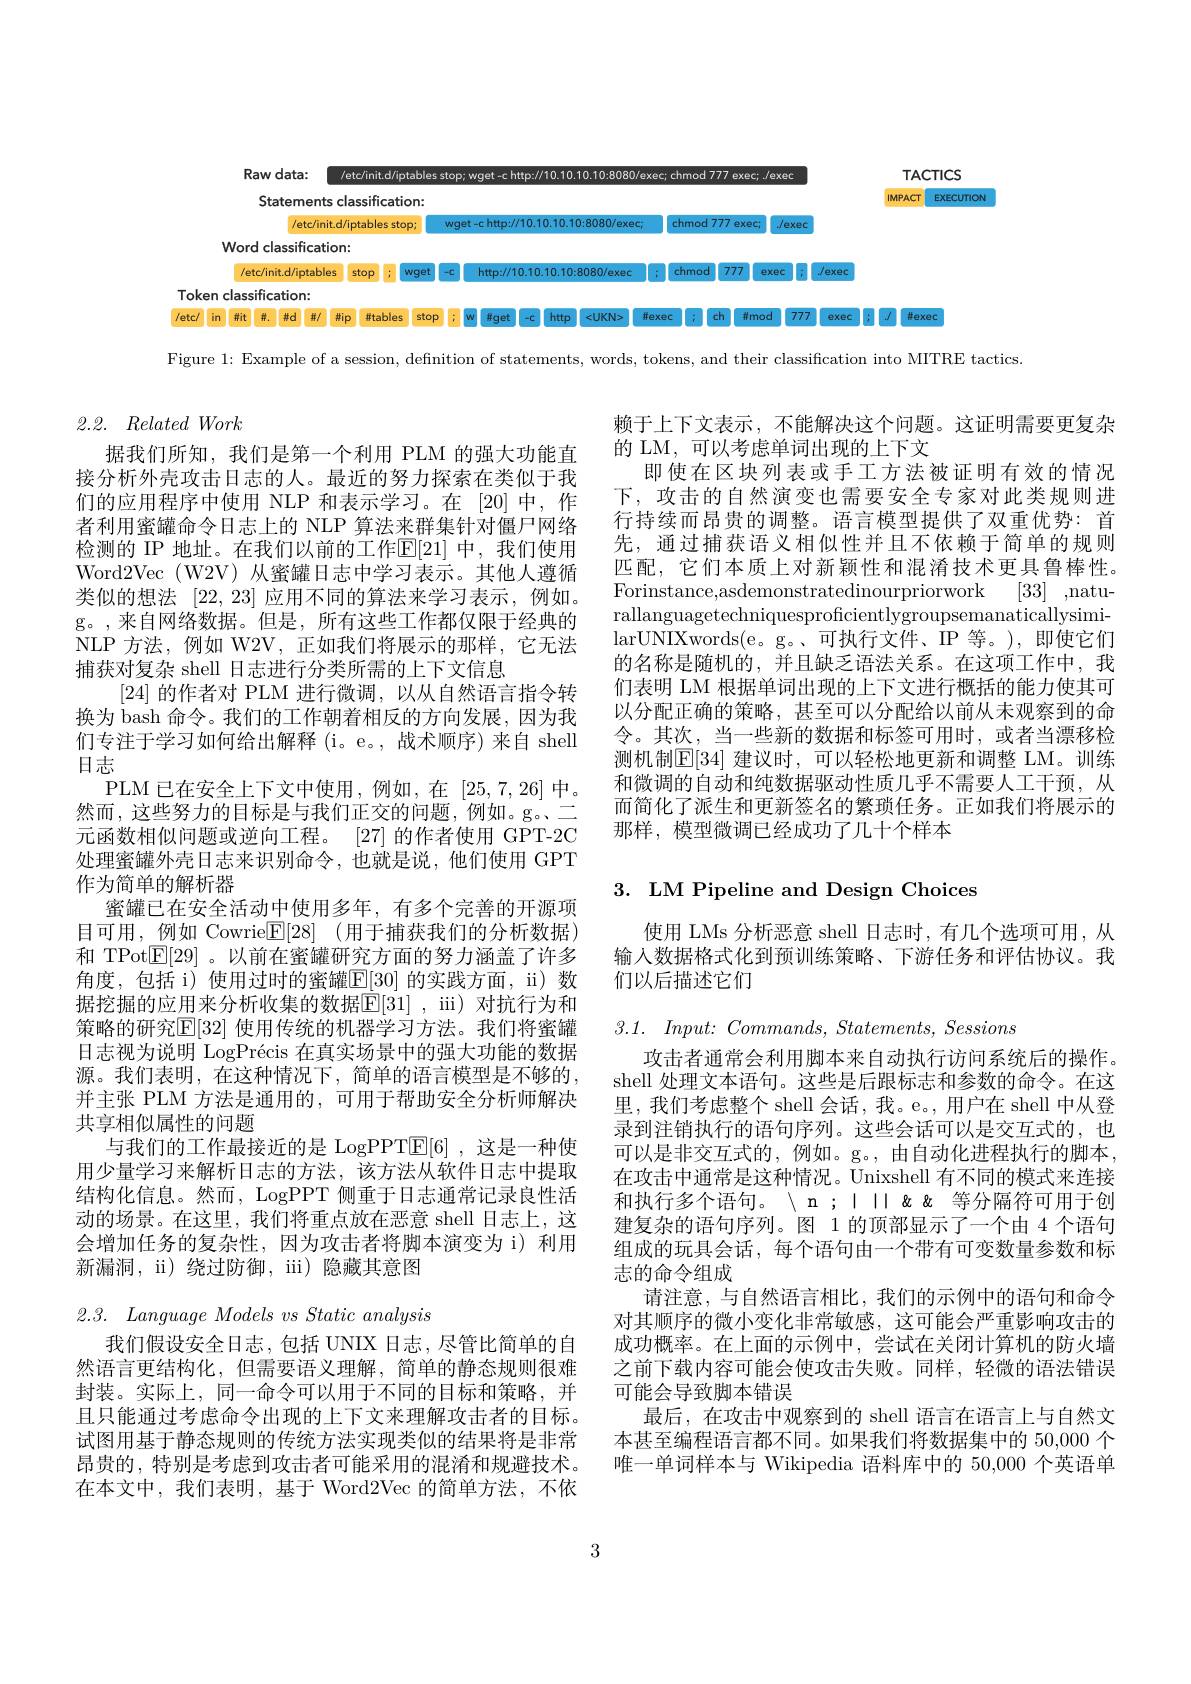
<FigureHere>

Figure 1: Example of a session, definition of statements, words, tokens, and their classification into MITRE tactics.

# 2.2. RelatedWork

据我们所知，我们是第一个利用 PLM 的强大功能直接分析外壳攻击日志的人。最近的努力探索在类似于我们的应用程序中使用 NLP 和表示学习。在 [20]中，作者利用蜜罐命令日志上的 NLP 算法来群集针对僵尸网络检测的 IP 地址。在我们以前的工作$\mathbb{E}[21]$ 中，我们使用Word2Vec (W2V) 从蜜罐日志中学习表示。其他人遵循类似的想法[22,23]应用不同的算法来学习表示，例如。g。,来自网络数据。但是，所有这些工作都仅限于经典的NLP 方法，例如 W2V,正如我们将展示的那样，它无法捕获对复杂 shell 日志进行分类所需的上下文信息
[24]的作者对 PLM 进行微调，以从自然语言指令转
换为 bash 命令。我们的工作朝着相反的方向发展，因为我们专注于学习如何给出解释(i。e。,战术顺序)来自 shell 日志
PLM 已在安全上下文中使用，例如，在[25,7,26]中。然而，这些努力的目标是与我们正交的问题，例如。g。二元函数相似问题或逆向工程。[27] 的作者使用 GPT-2C 处理蜜罐外壳日志来识别命令，也就是说，他们使用 GPT 作为简单的解析器
蜜罐已在安全活动中使用多年，有多个完善的开源项目可用，\_例如 Cowrie$\mathbb{E} [ 28]$ (用于捕获我们的分析数据) 和 TPot$\boxed{\mathrm{E}}[29]$ 。以前在蜜罐研究方面的努力涵盖了许多角度，包括 i) 使用过时的蜜罐$\mathbb{E}[30]$ 的实践方面，ii) 数据挖掘的应用来分析收集的数据$\mathbb{E}[31]$, iii) 对抗行为和策略的研究$\mathbb{E}[32]$ 使用传统的机器学习方法。我们将蜜罐日志视为说明 LogPrécis 在真实场景中的强大功能的数据源。我们表明，在这种情况下，简单的语言模型是不够的， 并主张 PLM 方法是通用的，可用于帮助安全分析师解决共享相似属性的问题
与我们的工作最接近的是 LogPPT$\underline{\mathrm{E}}[6]$ ,这是一种使用少量学习来解析日志的方法，该方法从软件日志中提取结构化信息。然而，LogPPT 侧重于日志通常记录良性活动的场景。在这里，我们将重点放在恶意 shell 日志上，这会增加任务的复杂性，因为攻击者将脚本演变为 i) 利用新漏洞，ii) 绕过防御，ii) 隐藏其意图

$2. 3. \textit{ Language Models vs Static analysis}$

我们假设安全日志，包括 UNIX 日志，尽管比简单的自然语言更结构化，但需要语义理解，简单的静态规则很难封装。实际上，同一命令可以用于不同的目标和策略，并且只能通过考虑命令出现的上下文来理解攻击者的目标。试图用基于静态规则的传统方法实现类似的结果将是非常昂贵的，特别是考虑到攻击者可能采用的混淆和规避技术。在本文中，我们表明，基于 Word2Vec 的简单方法，不依

赖于上下文表示，不能解决这个问题。这证明需要更复杂
的 LM, 可以考虑单词出现的上下文
即使在区块列表或手工方法被证明有效的情况下，攻击的自然演变也需要安全专家对此类规则进行持续而昂贵的调整。语言模型提供了双重优势：首先，通过捕获语义相似性并且不依赖于简单的规则匹配，它们本质上对新颖性和混淆技术更具鲁棒性。Forinstance,asdemonstratedinourpriorwork [33] ,natu rallanguagetechniquesproficientlygroupsemanaticallysimilarUNIXwords(e。g。、可执行文件、IP 等。),即使它们的名称是随机的，并且缺乏语法关系。在这项工作中，我们表明 LM 根据单词出现的上下文进行概括的能力使其可以分配正确的策略，甚至可以分配给以前从未观察到的命令。其次，当一些新的数据和标签可用时，或者当漂移检测机制$\mathbb{E}[34]$ 建议时，可以轻松地更新和调整 LM。训练和微调的自动和纯数据驱动性质几乎不需要人工干预，从而简化了派生和更新签名的繁琐任务。正如我们将展示的那样，模型微调已经成功了几十个样本

# 3. LM Pipeline and Design Choices

使用 LMs 分析恶意 shell 日志时，有几个选项可用，从输入数据格式化到预训练策略、下游任务和评估协议。我们以后描述它们

3.1. $Input{: }$ $Commands$, $Statements$, Sessions
攻击者通常会利用脚本来自动执行访问系统后的操作。shell 处理文本语句。这些是后跟标志和参数的命令。在这里，我们考虑整个 shell 会话，我。e。, 用户在 shell 中从登录到注销执行的语句序列。这些会话可以是交互式的，也可以是非交互式的，例如。g。, 由自动化进程执行的脚本， 在攻击中通常是这种情况。Unixshell 有不同的模式来连接和执行多个语句。〈n;丨丨αα等分隔符可用于创建复杂的语句序列。图 1 的顶部显示了一个由 4 个语句组成的玩具会话，每个语句由一个带有可变数量参数和标志的命令组成
请注意，与自然语言相比，我们的示例中的语句和命令对其顺序的微小变化非常敏感，这可能会严重影响攻击的成功概率。在上面的示例中，尝试在关闭计算机的防火墙之前下载内容可能会使攻击失败。同样，轻微的语法错误可能会导致脚本错误
最后，在攻击中观察到的 shell 语言在语言上与自然文本甚至编程语言都不同。如果我们将数据集中的 50,000 个唯一单词样本与 Wikipedia 语料库中的 50,000 个英语单

3